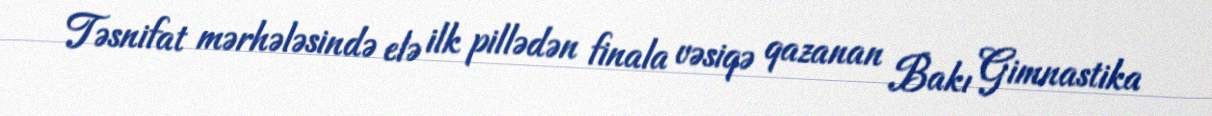
Təsnifat mərhələsində elə ilk pillədən finala vəsiqə qazanan Bakı Gimnastika